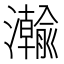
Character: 𬉦